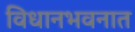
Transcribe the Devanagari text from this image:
विधानभवनात